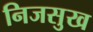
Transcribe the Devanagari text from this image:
निजसुख